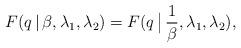
LaTeX: \begin{align*}F(q\,|\,\beta, \lambda_1,\lambda_2) = F(q\,\big|\,\frac{1}{\beta}, \lambda_1,\lambda_2),\end{align*}